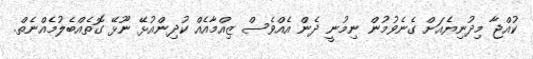
ކުއްޖާ މިދުނިޔެއަށް ގެނެވުމުން ނިމުނީ ދެން އެއްވެސް ޒިއްމާއެއް ކުދިންއުޅޭ ނޫޅޭ ގޮތެއްބެލުމެއްނެތް.